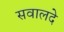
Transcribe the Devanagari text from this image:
सवालदे